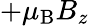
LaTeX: +\mu_{\mathrm{{B}}}B_{z}